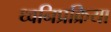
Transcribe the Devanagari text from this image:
ध्वनिप्रक्रिया